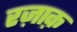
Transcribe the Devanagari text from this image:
रज़ाक़